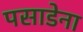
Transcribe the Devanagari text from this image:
पसाडेना